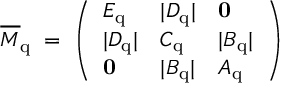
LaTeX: \overline { { { M } } } _ { \mathrm { q } } \; = \; \left( \begin{array} { l l l } { { E _ { \mathrm { q } } } } & { { | D _ { \mathrm { q } } | } } & { { { \bf 0 } } } \\ { { | D _ { \mathrm { q } } | } } & { { C _ { \mathrm { q } } } } & { { | B _ { \mathrm { q } } | } } \\ { { { \bf 0 } } } & { { | B _ { \mathrm { q } } | } } & { { A _ { \mathrm { q } } } } \end{array} \right) \;